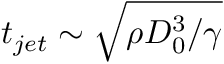
t _ { j e t } \sim \sqrt { { \rho D _ { 0 } ^ { 3 } } / { \gamma } }